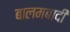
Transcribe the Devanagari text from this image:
बालमबादी